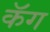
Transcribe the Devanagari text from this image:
कॅग